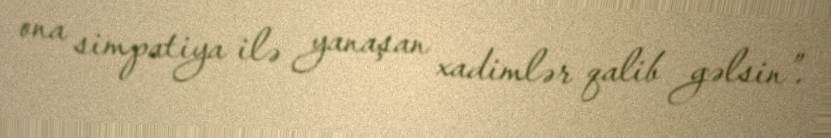
ona simpatiya ilə yanaşan xadimlər qalib gəlsin”.